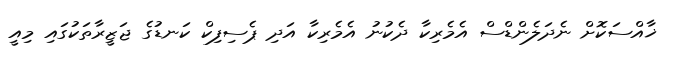
ޚާއްސަކޮށް ނެދަލެންޑްސް އެމެރިކާ ދެކުނު އެމެރިކާ އަދި ޕެސިފިކް ކަނޑުގެ ޖަޒީރާތަކުގައި މިއީ